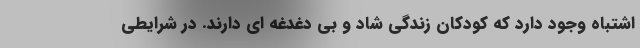
اشتباه وجود دارد که کودکان زندگی شاد و بی دغدغه ای دارند. در شرایطی